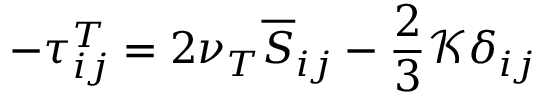
- \tau _ { i j } ^ { T } = 2 \nu _ { T } \overline { { S } } _ { i j } - \frac { 2 } { 3 } \mathcal { K } \delta _ { i j }